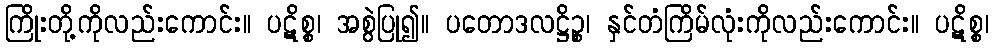
ကြိုးတို့ကိုလည်းကောင်း။ ပဋိစ္စ၊ အစွဲပြု၍။ ပတောဒလဋ္ဌိဉ္စ၊ နှင်တံကြိမ်လုံးကိုလည်းကောင်း။ ပဋိစ္စ၊